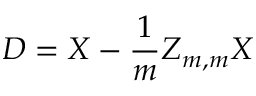
D = X - { \frac { 1 } { m } } Z _ { m , m } X